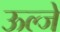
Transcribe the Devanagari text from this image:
ऊल्जे